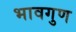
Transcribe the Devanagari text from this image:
भावगुण